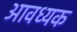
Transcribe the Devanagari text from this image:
आवध्यक